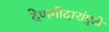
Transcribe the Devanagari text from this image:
देणगीदारांमुळे